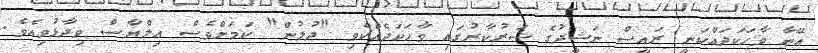
އޭނާ ވާހަކަދައްކަނީ ރައީސް ނަޝީދުގެ ސަރުކާރުގައި ވާހަކަދެއްކެވި "ދުލުން" ކަމަށްވެސް އިލްޔާސް ވިދާޅުވިއެވެ.